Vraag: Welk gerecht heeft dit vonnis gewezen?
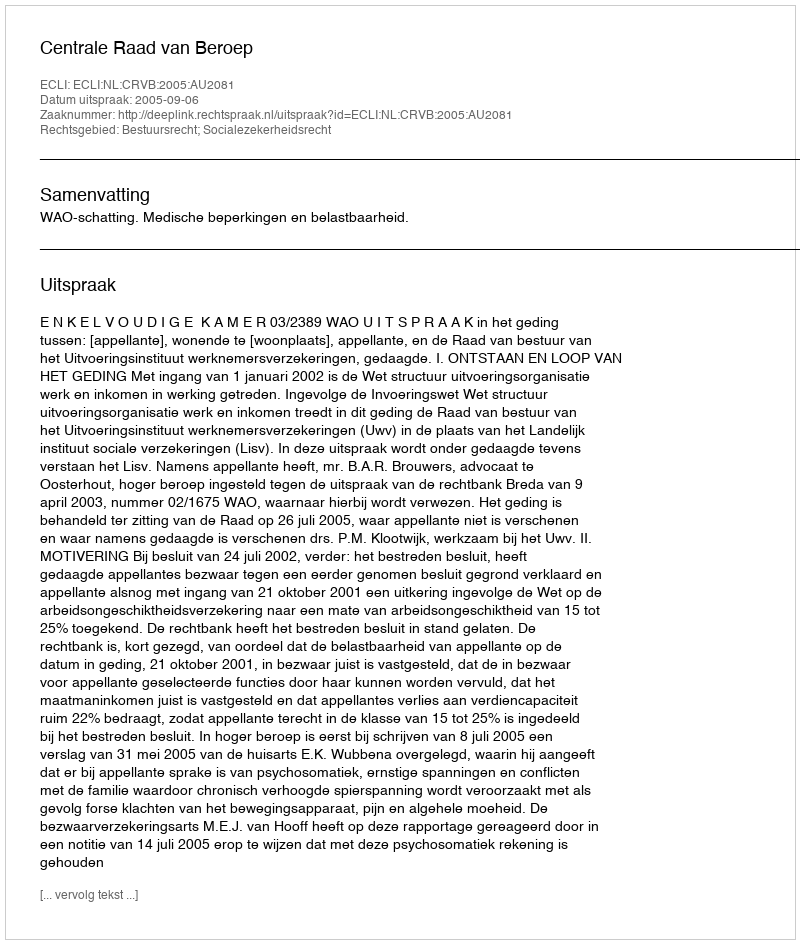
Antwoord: Centrale Raad van Beroep